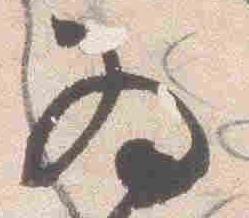
為